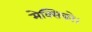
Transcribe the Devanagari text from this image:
मेक्सिको।